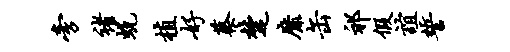
旁褚蜕植好蔡楚靡缶祁假谊誓